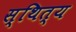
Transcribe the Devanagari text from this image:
स्थित्य